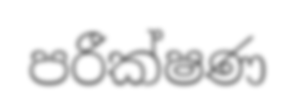
පරීක්ෂණ